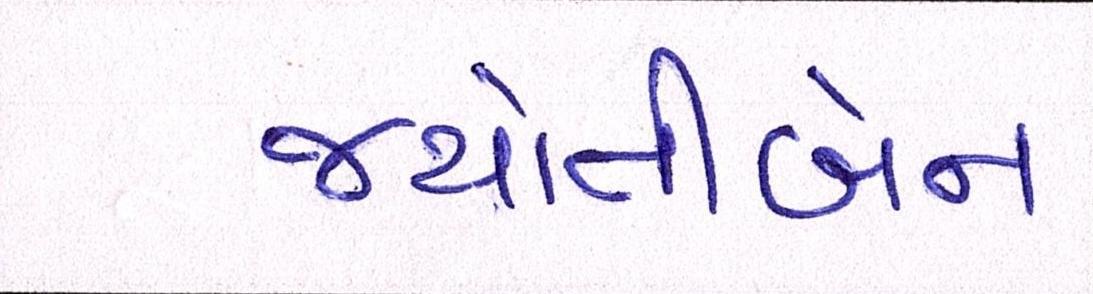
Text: જયોતીબેન